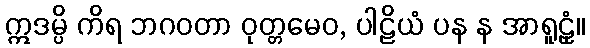
ဣဒမ္ပိ ကိရ ဘဂဝတာ ဝုတ္တမေဝ, ပါဠိယံ ပန န အာရူဠှံ။